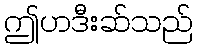
ဤဟဒီးဆ်သည်